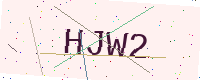
Text: HJW2